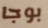
بوجا